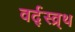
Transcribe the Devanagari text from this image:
वर्द्स्व्र्थ